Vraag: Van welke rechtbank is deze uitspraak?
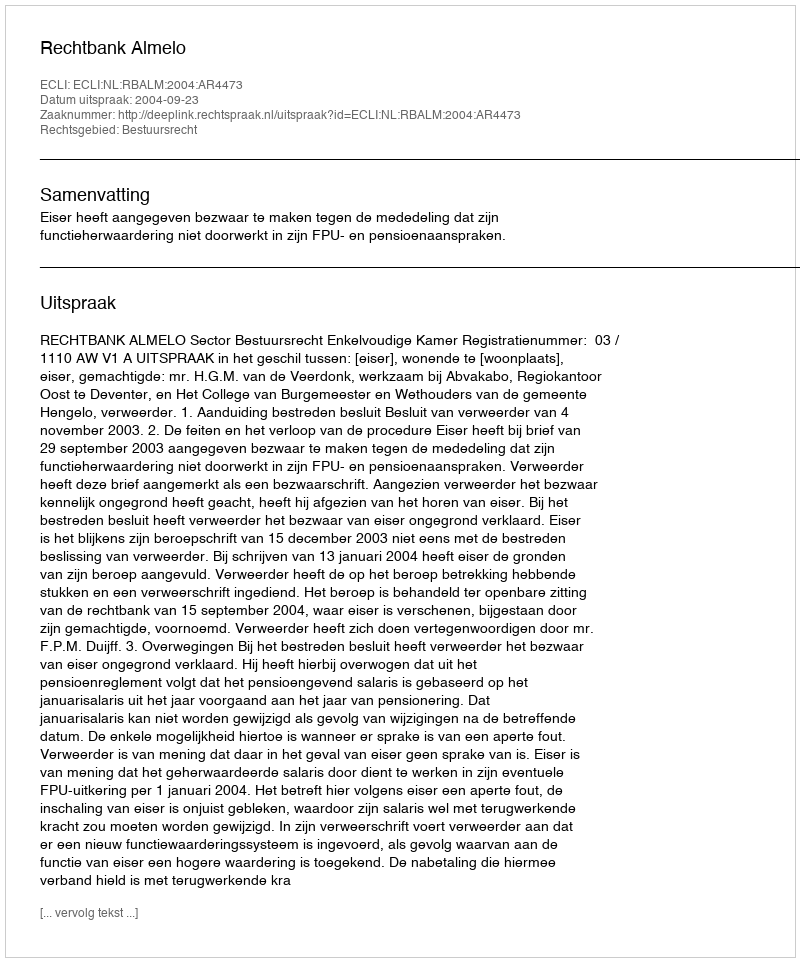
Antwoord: Rechtbank Almelo